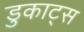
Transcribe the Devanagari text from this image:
डुकाट्स